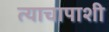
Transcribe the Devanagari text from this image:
त्याचापाशी